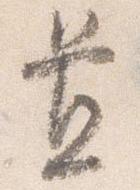
置